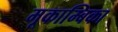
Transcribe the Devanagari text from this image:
मूकाम्‍बिका